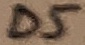
Text: D5